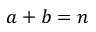
a + b = n